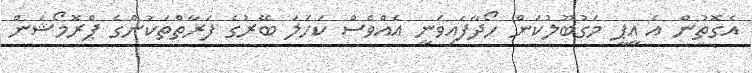
އެގޮތުން އެ އީޕީ މަގުބޫލުކަން ހޯދާފައިވަނީ އެއްވެސް ކަހަލަ ބޭރުގެ ފަރާތްތަކުންގެ ޕްރޮމޯޝަން